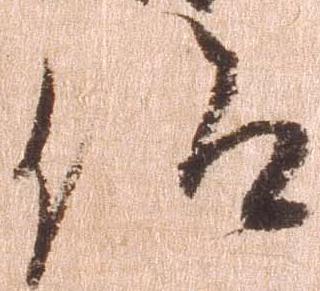
仰